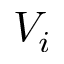
V _ { i }